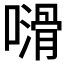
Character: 𠿭